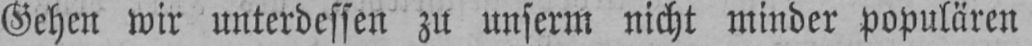
Gehen wir unterdessen zu unserm nicht minder populären